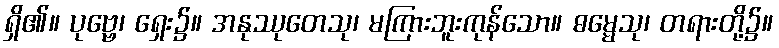
ရှိ၏။ ပုဗ္ဗေ၊ ရှေး၌။ အနုဿုတေသု၊ မကြားဘူးကုန်သော။ ဓမ္မေသု၊ တရားတို့၌။